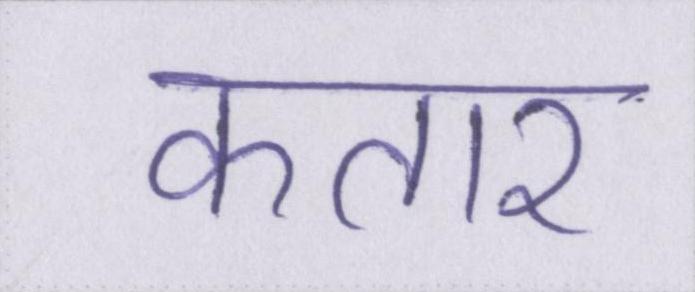
कतार